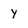
Character: y